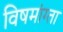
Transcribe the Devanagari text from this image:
विषमांग्ता